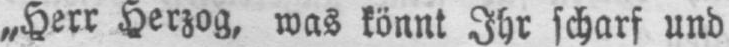
„Herr Herzog, was könnt Ihr scharf und